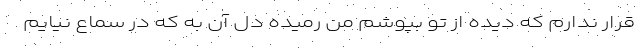
قرار ندارم که دیده از تو بپوشم من رمیده دل آن به که در سماع نیایم